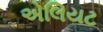
એલિયટ